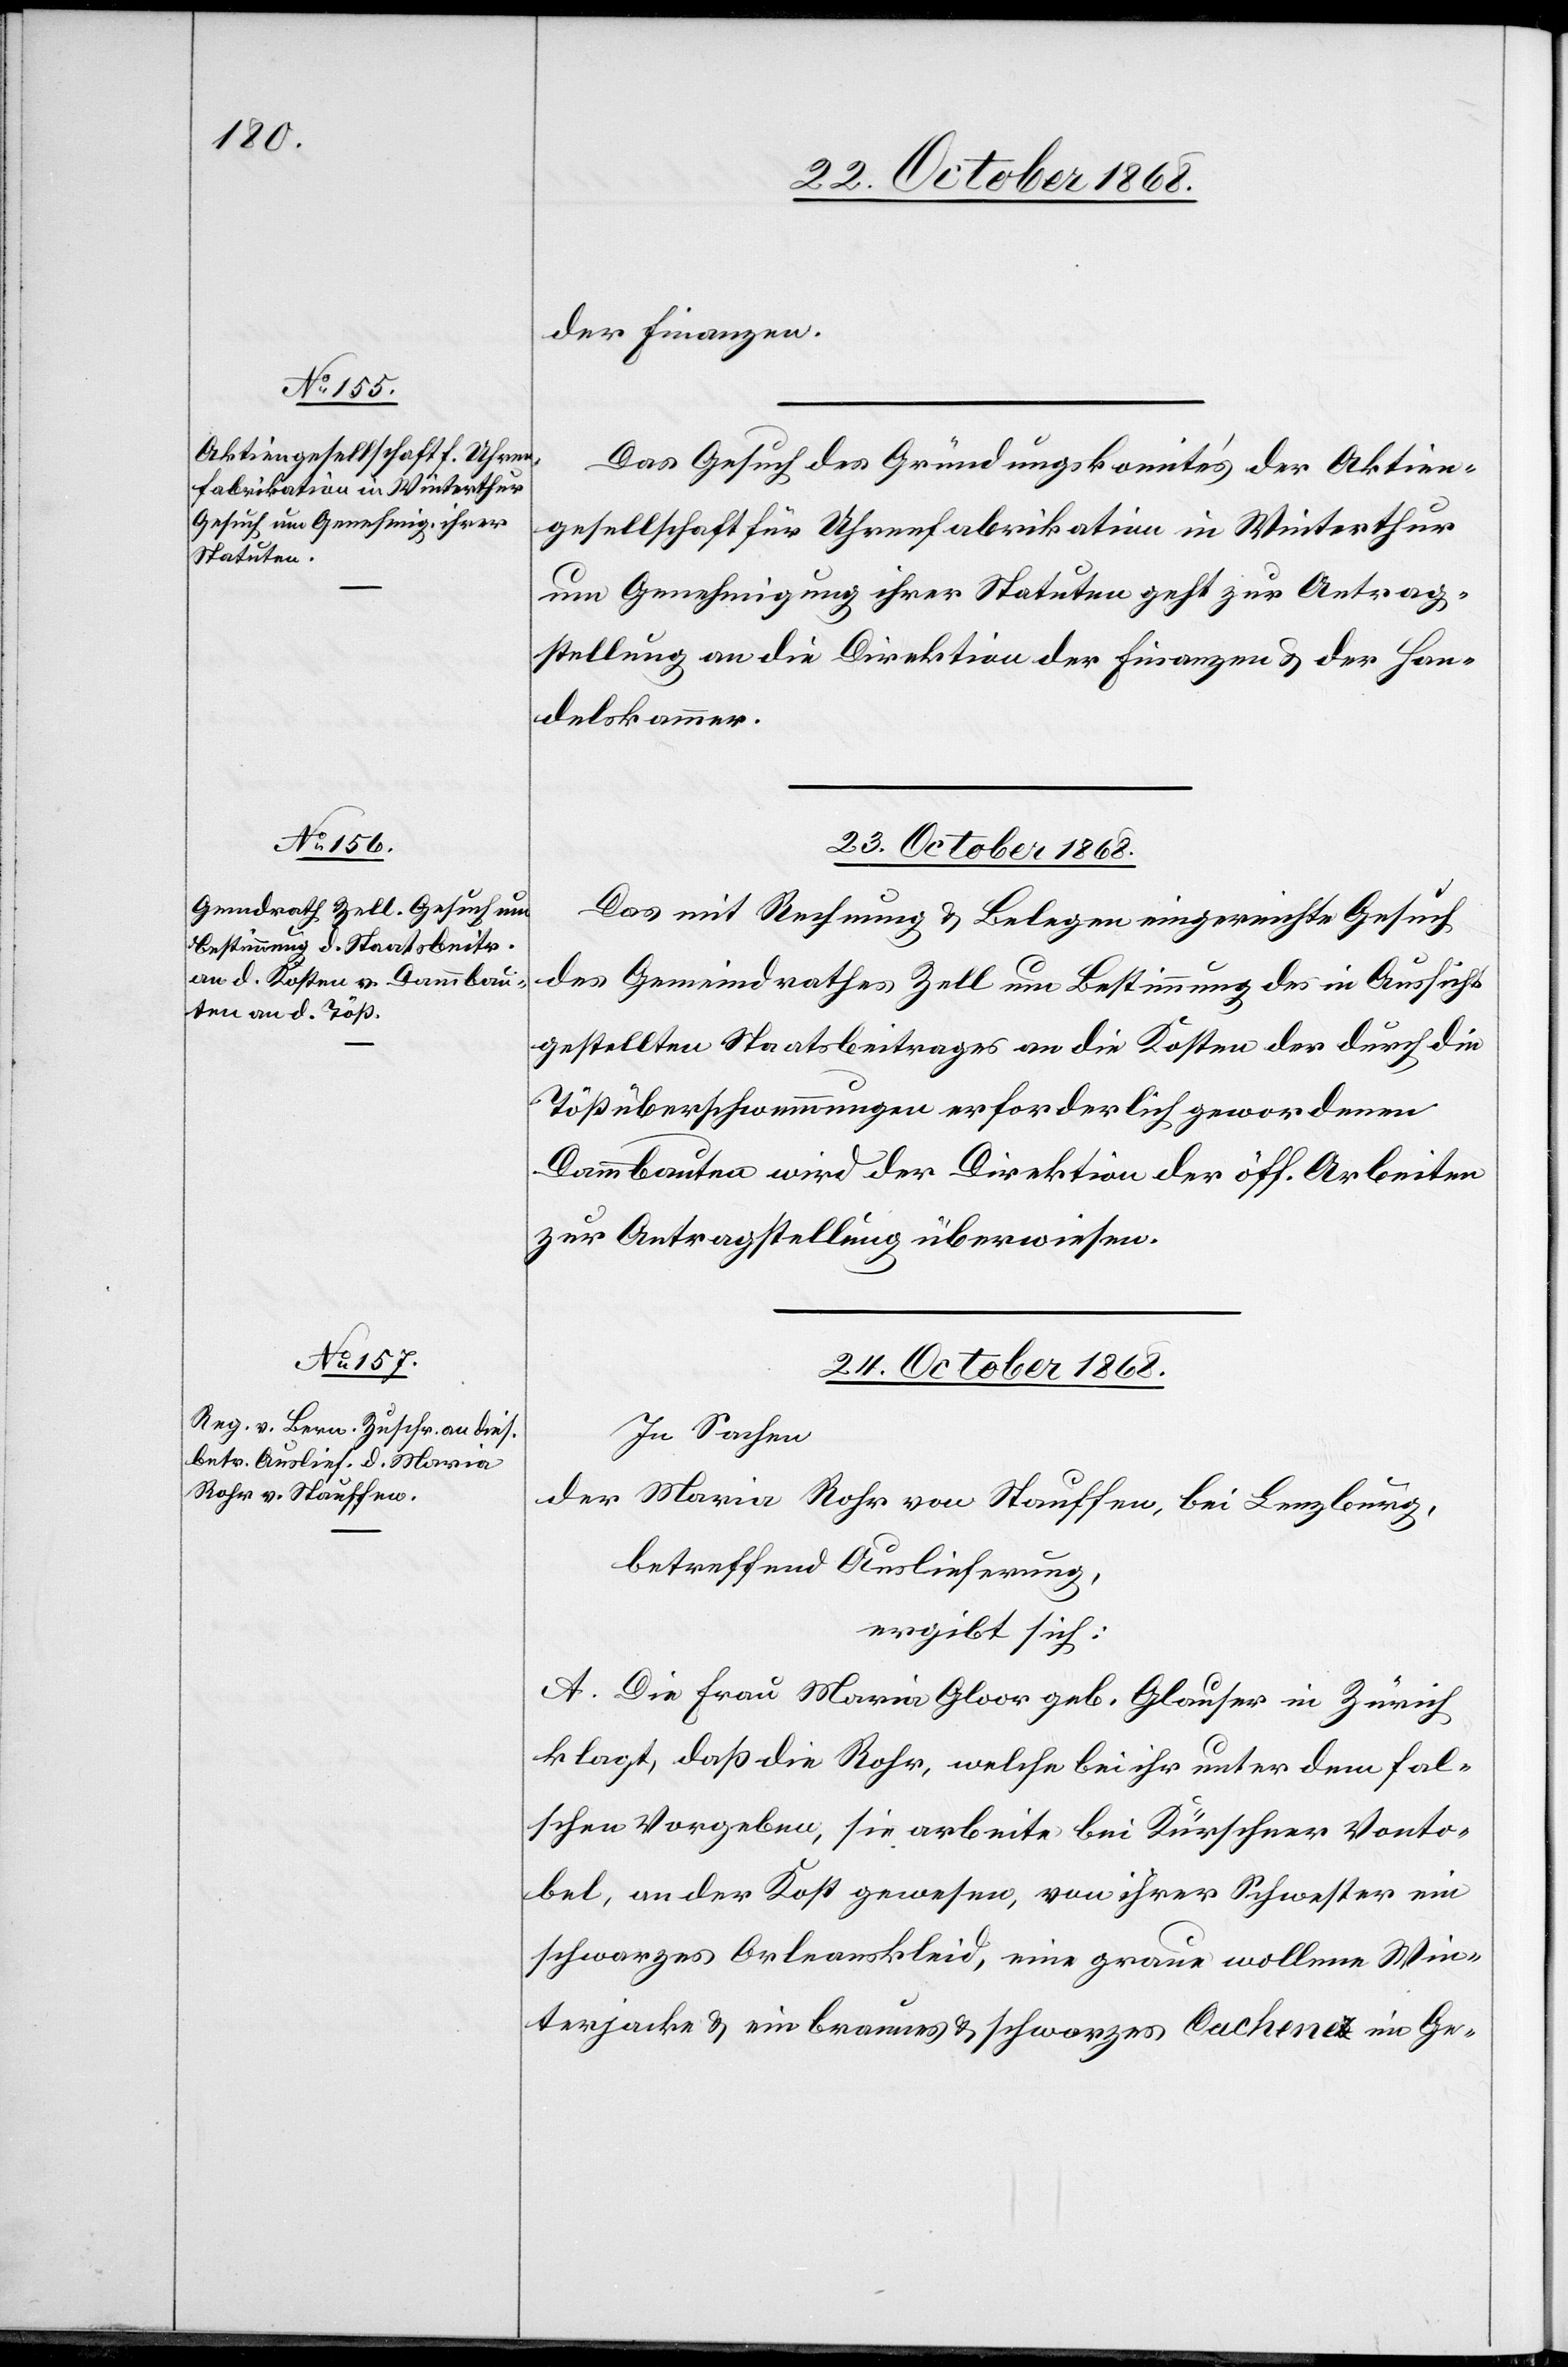
22. October 1868.]
der Finanzen.
Das Gesuch des Gründungskomite’s der Aktien¬
gesellschaft für Uhrenfabrikation in Winterthur
um Genehmigung ihrer Statuten geht zur Antrag¬
stellung an die Direktion der Finanzen & der Han¬
delskammer.
23. October 1868.
Das mit Rechnung & Belegen eingereichte Gesuch
des Gemeindrathes Zell um Bestimmung des in Aussicht
gestellten Staatsbeitrages an die Kosten der durch die
Tößüberschwemmungen erforderlich gewordenen
Dammbauten wird der Direktion der öff. Arbeiten
zur Antragstellung überwiesen.
24. October 1868.
In Sachen
der Maria Rohr von Stauffen, bei Lenzburg,
betreffend Auslieferung,
ergibt sich:
A. Die Frau Maria Gloor geb. Glauser in Zürich
klagt, daß die Rohr, welche bei ihr unter dem fal¬
schen Vorgeben, sie arbeite bei Kürschner Vonto¬
bel, an der Kost gewesen, von ihrer Schwester ein
schwarzes Orleanskleid, eine graue wollene Win¬
terjacke & ein braunes & schwarzes Cachenez im Ge-